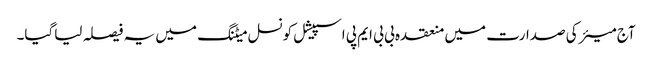
آج میئر کی صدارت میں منعقدہ بی بی ایم پی اسپیشل کونسل میٹنگ میں یہ فیصلہ لیاگیا۔